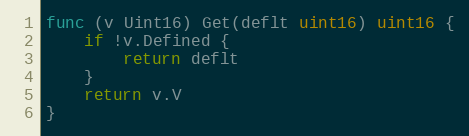
Language: Go
func (v Uint16) Get(deflt uint16) uint16 {
	if !v.Defined {
		return deflt
	}
	return v.V
}